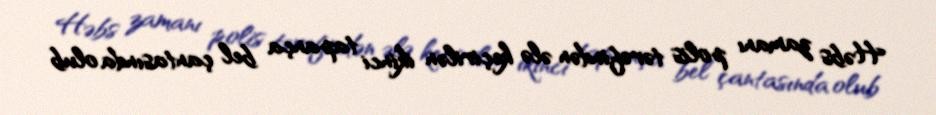
Həbs zamanı polis tərəfindən ələ keçirilən ikinci tapança bel çantasında olub